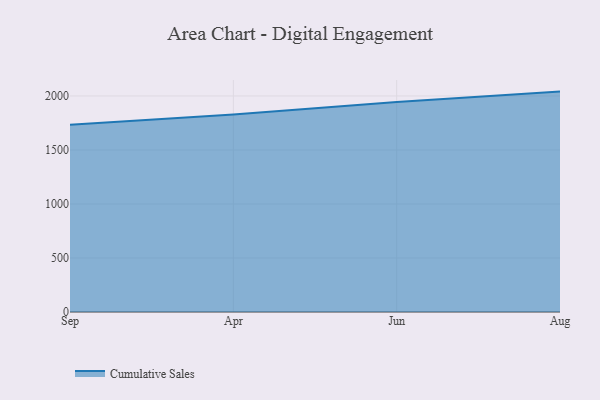
{"axis": {"x": "Month", "y": "Revenue (USD Million)"}, "legend": ["Cumulative Sales"], "data": [{"x": "Sep", "y": 1734.6, "type": "Cumulative Sales"}, {"x": "Apr", "y": 1827.9, "type": "Cumulative Sales"}, {"x": "Jun", "y": 1945.1, "type": "Cumulative Sales"}, {"x": "Aug", "y": 2040.4, "type": "Cumulative Sales"}]}